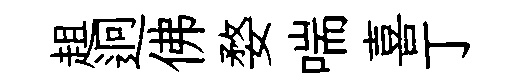
趄迥佛婺喘喜丁